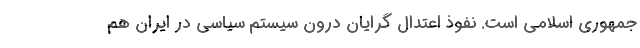
جمهوری اسلامی است. نفوذ اعتدال گرایان درون سیستم سیاسی در ایران هم